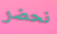
نحضر